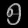
Digit: ၅